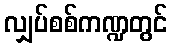
လျှပ်စစ်ကဏ္ဍတွင်